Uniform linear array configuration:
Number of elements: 32
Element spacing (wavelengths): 0.5
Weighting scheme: hamming
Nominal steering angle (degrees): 45
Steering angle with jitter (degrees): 43.971
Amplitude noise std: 0.05
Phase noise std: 0.05

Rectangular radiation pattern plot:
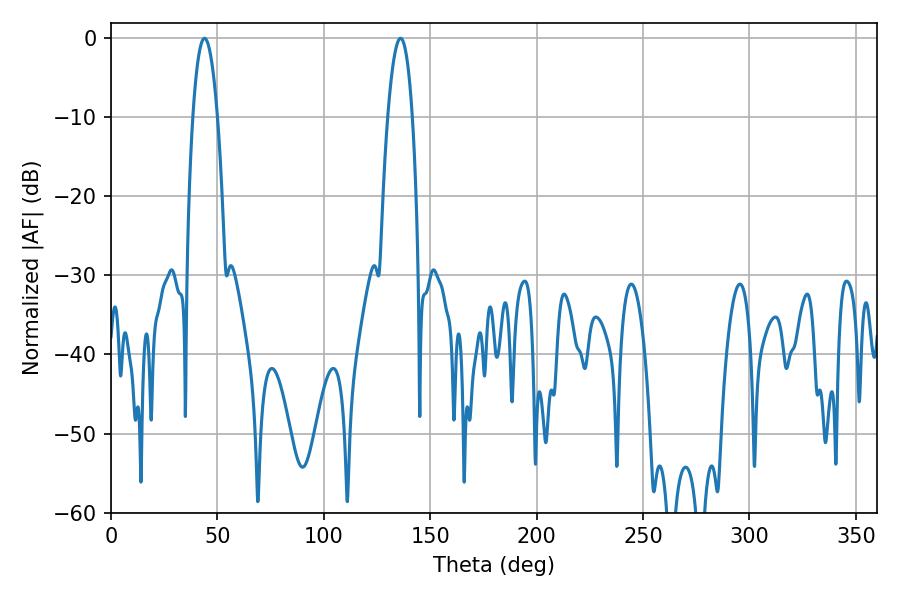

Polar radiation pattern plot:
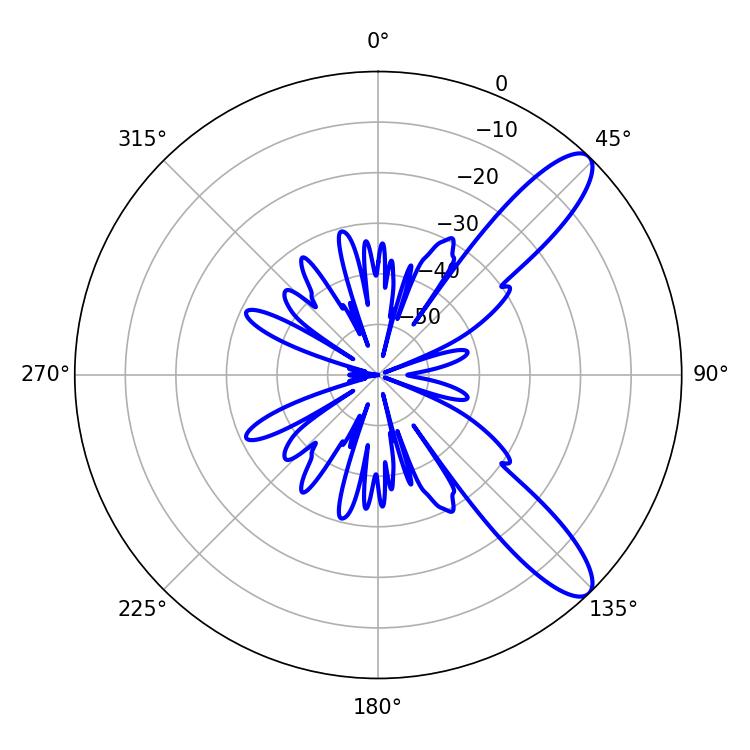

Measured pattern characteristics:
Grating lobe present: FALSE
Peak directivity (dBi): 10.785
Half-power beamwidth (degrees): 6.3
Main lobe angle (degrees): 43.92